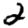
Digit: 2